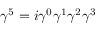
\gamma ^ { 5 } = i \gamma ^ { 0 } \gamma ^ { 1 } \gamma ^ { 2 } \gamma ^ { 3 }